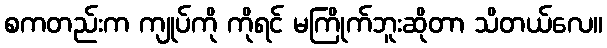
စကတည်းက ကျုပ်ကို ကိုရင် မကြိုက်ဘူးဆိုတာ သိတယ်လေ။